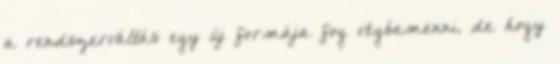
a rendszerváltás egy új formája fog végbemenni, de hogy